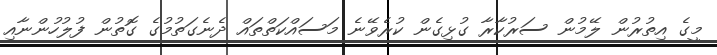
މީގެ އިތުރުން ލޭމުން ސަރުކާރާ ގުޅިގެން ކުރެވޭނެ މަސައްކަތްތައް ދެނެގަތުމުގެ ގޮތުން ފުލުހުންނާއި